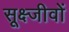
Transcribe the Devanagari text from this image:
सूक्ष्जीवों